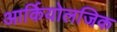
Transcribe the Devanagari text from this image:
आर्कियोलजिक